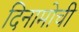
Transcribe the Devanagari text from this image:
दिनामोची